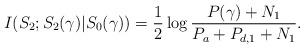
LaTeX: \begin{align*}I(S_2;S_2(\gamma)|S_0(\gamma))=\frac{1}{2}\log\frac{P(\gamma)+N_1}{P_a+P_{d,1}+N_1}.\end{align*}